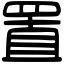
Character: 置